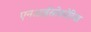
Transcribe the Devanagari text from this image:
एनआईसोकोरिया